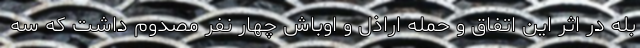
بله در اثر این اتفاق و حمله اراذل و اوباش چهار نفر مصدوم داشت که سه